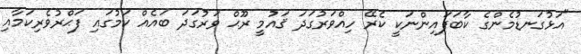
"އަޅުގަނޑުމެންގެ ކާބަފައިންނަކީ ކެރޭ ހިއްވަރުގަދަ ޤައުމީ ރޫޙް ވަރުގަދަ ބައެއް ކަމުގައި ފަޙްރުވެރިކަމާއި